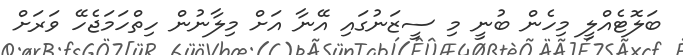
ބަލޮޓެއްލީ މިހެން ބުނީ މި ސީޒަނުގައި އޭނާ އަށް މިލާނުން ހިތްހަމަޖެހޭ ވަރަށް